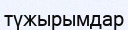
түжырымдар